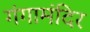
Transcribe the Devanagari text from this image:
गंगामंदिर